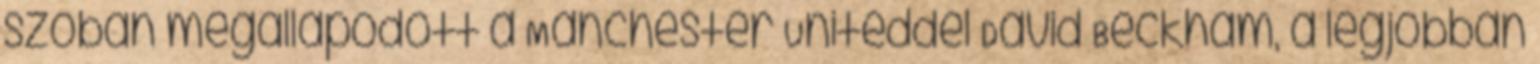
szóban megállapodott a Manchester Uniteddel David Beckham, a legjobban